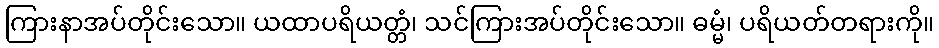
ကြားနာအပ်တိုင်းသော။ ယထာပရိယတ္တံ၊ သင်ကြားအပ်တိုင်းသော။ ဓမ္မံ၊ ပရိယတ်တရားကို။